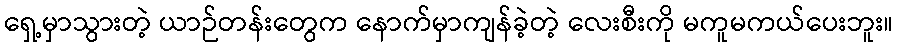
ရှေ့မှာသွားတဲ့ ယာဉ်တန်းတွေက နောက်မှာကျန်ခဲ့တဲ့ လေးစီးကို မကူမကယ်ပေးဘူး။